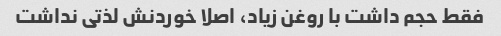
فقط حجم داشت با روغن زیاد، اصلا خوردنش لذتی نداشت